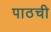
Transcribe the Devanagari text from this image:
पाठची